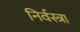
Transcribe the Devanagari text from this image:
निर्वस्त्रा